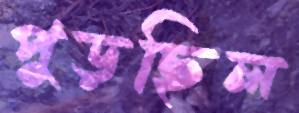
পুড়ছিল